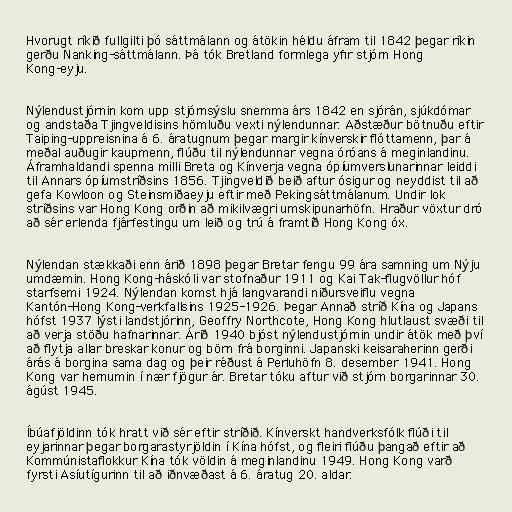
Hvorugt ríkið fullgilti þó sáttmálann og átökin héldu áfram til 1842 þegar ríkin
gerðu Nanking-sáttmálann. Þá tók Bretland formlega yfir stjórn Hong
Kong-eyju.

Nýlendustjórnin kom upp stjórnsýslu snemma árs 1842 en sjórán, sjúkdómar
og andstaða Tjingveldisins hömluðu vexti nýlendunnar. Aðstæður bötnuðu eftir
Taiping-uppreisnina á 6. áratugnum þegar margir kínverskir flóttamenn, þar á
meðal auðugir kaupmenn, flúðu til nýlendunnar vegna óróans á meginlandinu.
Áframhaldandi spenna milli Breta og Kínverja vegna ópíumverslunarinnar leiddi
til Annars ópíumstríðsins 1856. Tjingveldið beið aftur ósigur og neyddist til að
gefa Kowloon og Steinsmiðaeyju eftir með Pekingsáttmálanum. Undir lok
stríðsins var Hong Kong orðin að mikilvægri umskipunarhöfn. Hraður vöxtur dró
að sér erlenda fjárfestingu um leið og trú á framtíð Hong Kong óx.

Nýlendan stækkaði enn árið 1898 þegar Bretar fengu 99 ára samning um Nýju
umdæmin. Hong Kong-háskóli var stofnaður 1911 og Kai Tak-flugvöllur hóf
starfsemi 1924. Nýlendan komst hjá langvarandi niðursveiflu vegna
Kantón-Hong Kong-verkfallsins 1925-1926. Þegar Annað stríð Kína og Japans
hófst 1937 lýsti landstjórinn, Geoffry Northcote, Hong Kong hlutlaust svæði til
að verja stöðu hafnarinnar. Árið 1940 bjóst nýlendustjórnin undir átök með því
að flytja allar breskar konur og börn frá borginni. Japanski keisaraherinn gerði
árás á borgina sama dag og þeir réðust á Perluhöfn 8. desember 1941. Hong
Kong var hernumin í nær fjögur ár. Bretar tóku aftur við stjórn borgarinnar 30.
ágúst 1945.

Íbúafjöldinn tók hratt við sér eftir stríðið. Kínverskt handverksfólk flúði til
eyjarinnar þegar borgarastyrjöldin í Kína hófst, og fleiri flúðu þangað eftir að
Kommúnistaflokkur Kína tók völdin á meginlandinu 1949. Hong Kong varð
fyrsti Asíutígurinn til að iðnvæðast á 6. áratug 20. aldar.